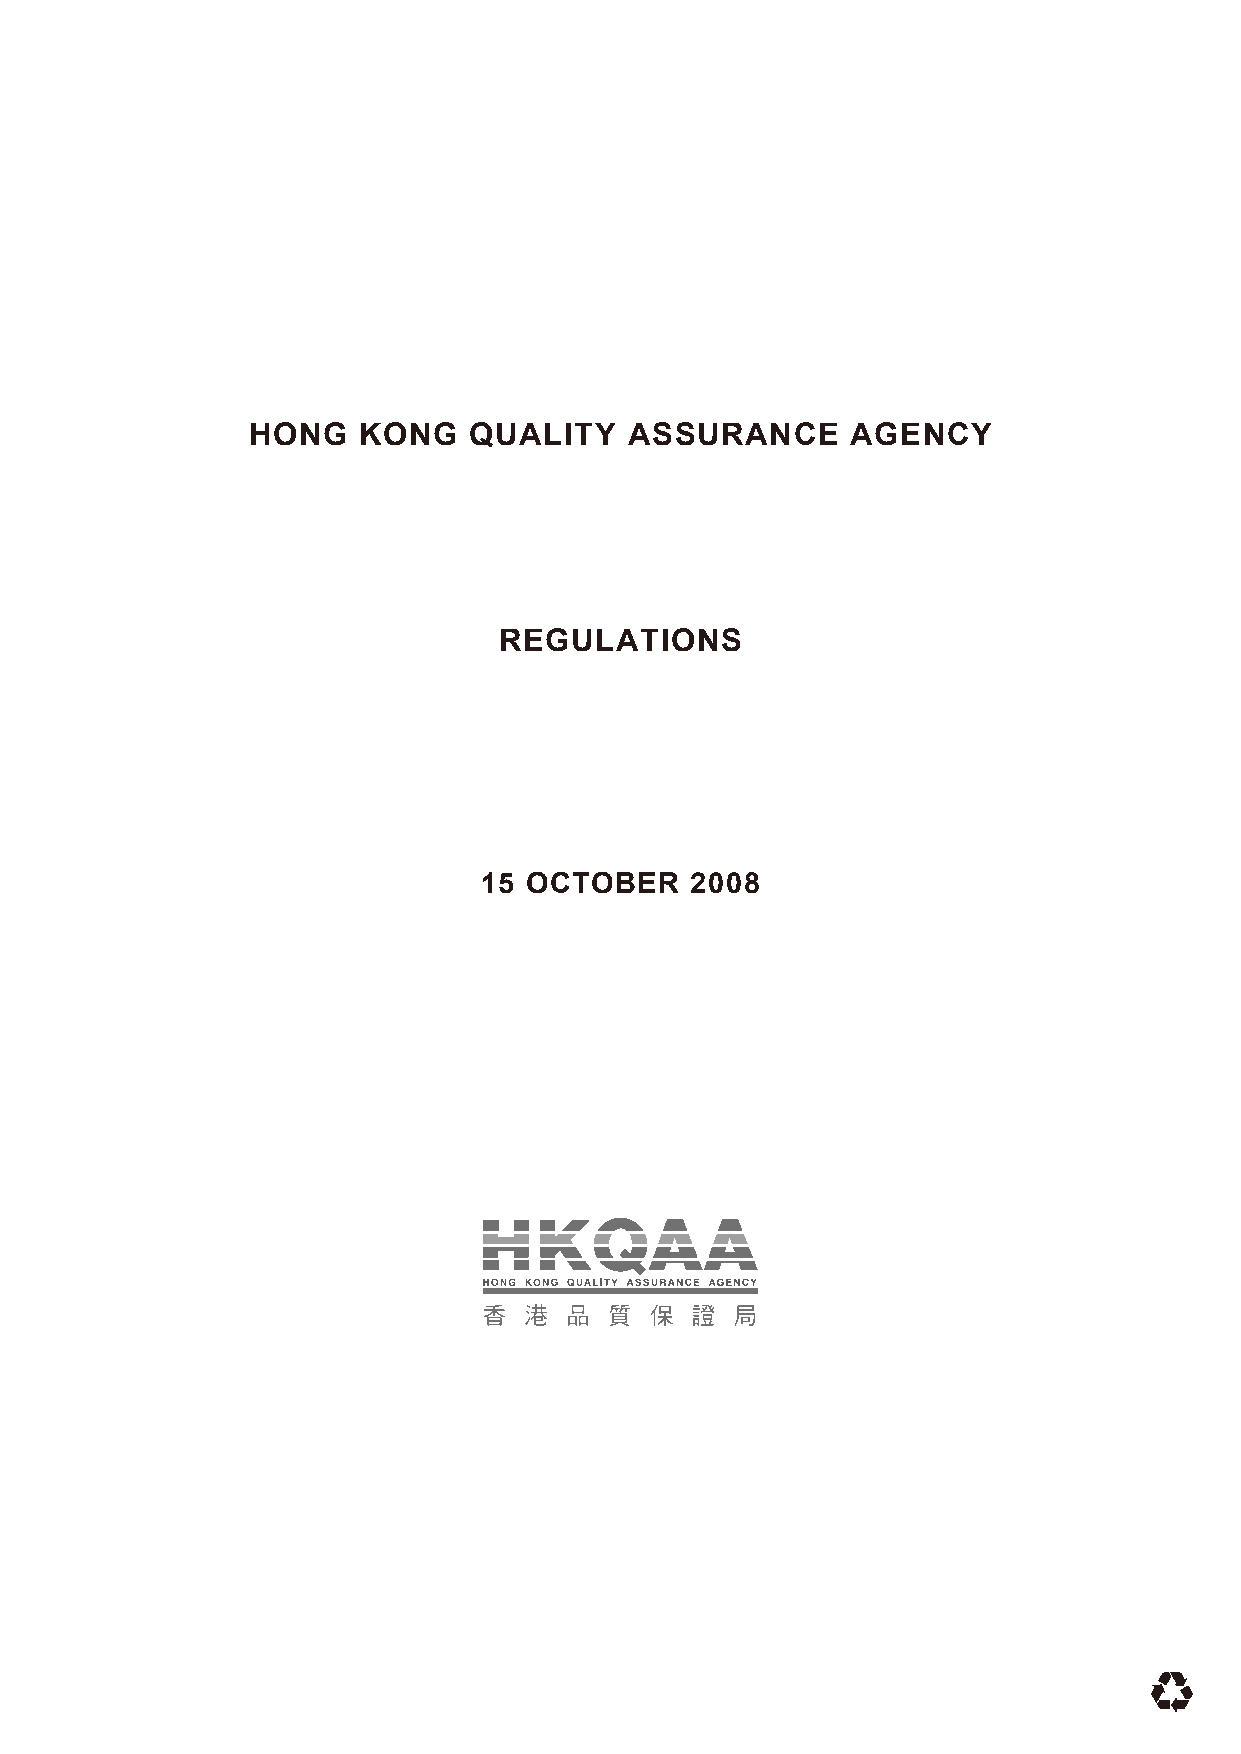
HONG    KONG   QUALITY    ASSURANCE     AGENCY
 REGULATIONS
 15 OCTOBER    2008